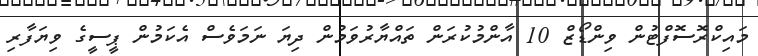
މައިކްރޮސޮފްޓުން ވިންޑޯޒް 10 އާންމުކުރަން ތައްޔާރުވަމުން ދިޔަ ނަމަވެސް އެކަމުން ޕީސީގެ ވިޔަފާރި